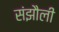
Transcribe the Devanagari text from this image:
संझौली